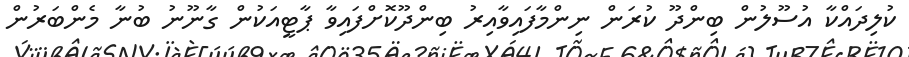
ކުލިދައްކާ އުސޫލުން ބިންދޫ ކުރަން ނިންމާފައިވާއިރު ބިންދޫކޮށްފައިވާ ޕާޓީއަކުން ގާނޫނު ބުނާ މެންބަރުން